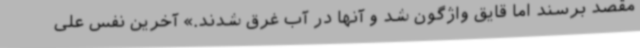
مقصد برسند اما قایق واژگون شد و آنها در آب غرق شدند.» آخرین نفس علی